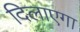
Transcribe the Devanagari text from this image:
दिलाएगा